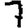
Digit: 7